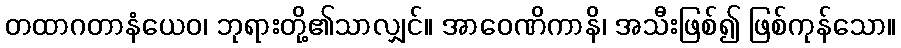
တထာဂတာနံယေဝ၊ ဘုရားတို့၏သာလျှင်။ အာဝေဏိကာနိ၊ အသီးဖြစ်၍ ဖြစ်ကုန်သော။